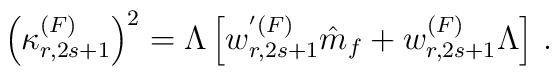
\left(\kappa^{(F)}_{r, 2s+1} \right)^{2} = \Lambda \left[ w^{'(F)}_{r,2s+1} \hat{m}_{f} + w^{(F)}_{r, 2s+1} \Lambda \right] \, .